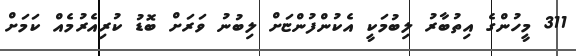
311 މީހުންގެ އިތުބާރު ލިބުމަކީ އެކުންފުންޏަށް ލިބުނު ވަރަށް ބޮޑު ކުރިއެރުމެއް ކަމަށް